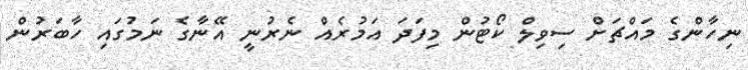
ނިހާންގެ މައްޗަށް ސިވިލް ކޯޓުން މިފަދަ އަމުރެއް ނެރުނީ އޭނާގެ ނަމުގައި ހާބަރުން